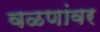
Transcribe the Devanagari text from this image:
वळणांवर